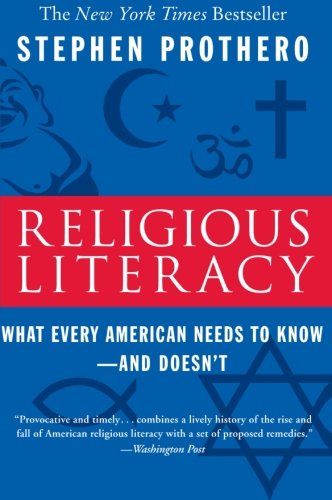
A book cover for Religious Literacy: What Every American Needs to Know--And Doesn't; Stephen Prothero; Reference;